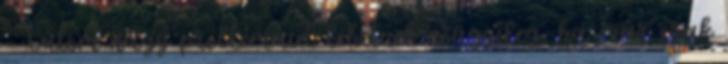
- Látom nagy problémáid lehetnek nőügyileg, ha már csak